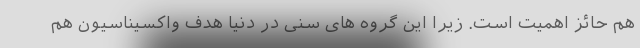
هم حائز اهمیت است. زیرا این گروه های سنی در دنیا هدف واکسیناسیون هم